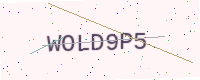
Text: WOLD9P5